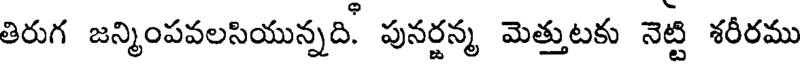
తిరుగ జన్మింపవలసియున్నది. పునర్జన్మ మెత్తుటకు నెట్టి శరీరము